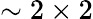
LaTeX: \sim 2\times 2